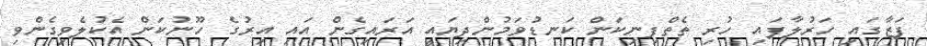
ފަޒާގައި ހަރުލާފައި ހުރި ތެތްފިނިކަން ކަނޑުވަމުންދިޔައީ އަރައިގެން އައި އިރުގެ ހޫނުކަން އެކުލެވިގެންވި